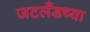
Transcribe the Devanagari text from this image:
जटलँडच्या